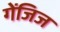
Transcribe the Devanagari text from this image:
गेंजिज